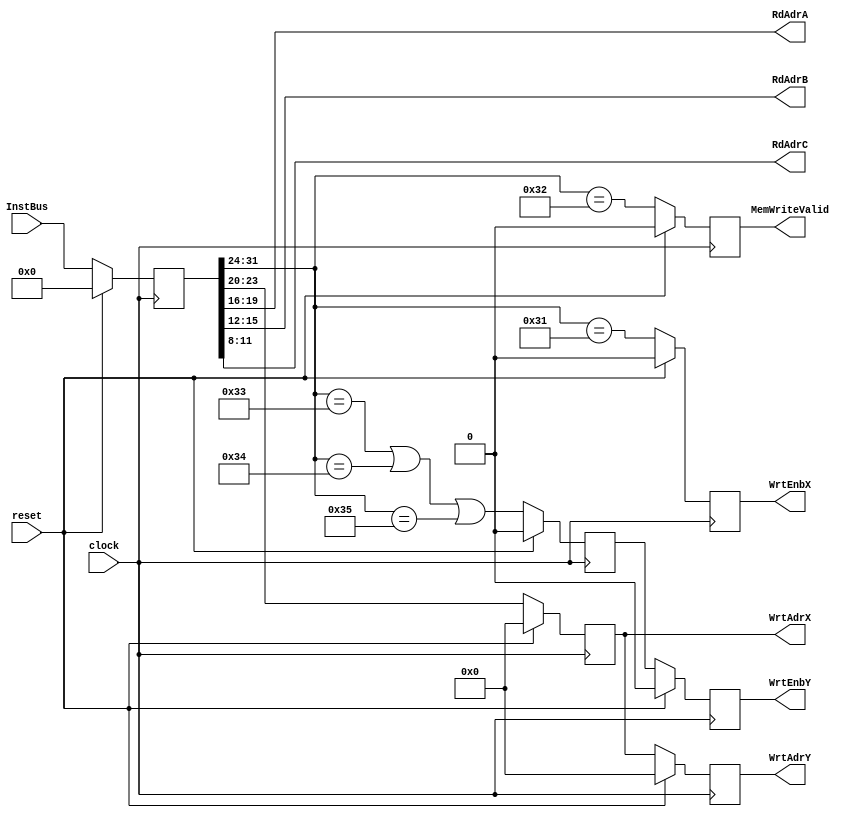
module InstructionDecoder(InstBus,RdAdrA,RdAdrB,RdAdrC,
                          WrtAdrX,WrtEnbX,WrtAdrY,WrtEnbY,
                          MemWriteValid,clock,reset);
   
   input  [31:0]     InstBus;                // Memory Read Bus
   input             clock;                  // System Clock
   input             reset; 
   
   output   [3:0]    RdAdrA, RdAdrB, RdAdrC; // Read Addresses
   output   [3:0]    WrtAdrX, WrtAdrY;       // Write Address
   output            WrtEnbX, WrtEnbY;       // Write Enables
   output 	     MemWriteValid;          // Memory Write Bus contains Data 

   reg      [31:0]   InstReg;                // Instruction Register    
   reg      [3:0]    DestReg_Dly1;           // Destination Reg Delayed 1
   reg      [3:0]    DestReg_Dly2;           // Destination Reg Delayed 2
   reg               WE_Y_Dly1;              // Write Enable Y Delayed 1
   reg               WE_Y_Dly2;              // Write Enable Y Delayed 2
   reg               WE_X_Dly1;              // Write Enable X Delayed 1
   reg               MemWriteValid;          // Memory Write Bus Contains Data


   // Decode Instruction
   //
   parameter 	     NOOP=8'h30, LOAD=8'h31, STORE=8'h32, MULT=8'h33,
                     ADD=8'h34, MULTX=8'h35;

     wire 	     writeX =   (InstReg[31:24] == LOAD);
     wire 	     writeMem = (InstReg[31:24] == STORE);
     wire 	     writeY =   (InstReg[31:24] == MULT) ||
                                (InstReg[31:24] == ADD)  ||
                                (InstReg[31:24] == MULTX);
   
   
   // Drive registers to the module outputs
   //
   assign WrtAdrY = DestReg_Dly2;
   assign WrtEnbY = WE_Y_Dly2;
   
   assign WrtAdrX = DestReg_Dly1;
   assign WrtEnbX = WE_X_Dly1;
   
   assign RdAdrA = InstReg[19:16];
   assign RdAdrB = InstReg[15:12];
   assign RdAdrC = InstReg[11:8];
   

   // CLOCKED:  Load Registers
   //
 
   // synopsys sync_set_reset "reset"
   always @ (posedge clock)
     begin
       if (reset) 
         begin
         InstReg       <= 32'h00000000;
	 DestReg_Dly1  <= 4'h0;
	 DestReg_Dly2  <= 4'h0;
	 WE_Y_Dly1     <= 1'b0;
	 WE_Y_Dly2     <= 1'b0;
	 WE_X_Dly1     <= 1'b0;
	 MemWriteValid <= 1'b0;
         end
       else
         begin
	 InstReg       <= InstBus;
	 DestReg_Dly1  <= InstReg[23:20];
	 DestReg_Dly2  <= DestReg_Dly1;
	 WE_Y_Dly1     <= writeY ;
	 WE_Y_Dly2     <= WE_Y_Dly1;
	 WE_X_Dly1     <= writeX;
	 MemWriteValid <= writeMem;
         end
    end // always @ (posedge clock)
   

   // Turn off signal for multiplier
   //
   wire 	WrtEnbX, WrtEnbY;

endmodule